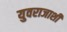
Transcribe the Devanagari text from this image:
युवराजाशी